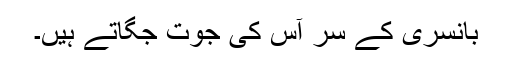
بانسری کے سر آس کی جوت جگاتے ہیں۔